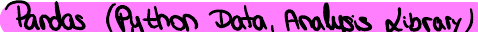
Pandas (Python Data, Analysis Library)